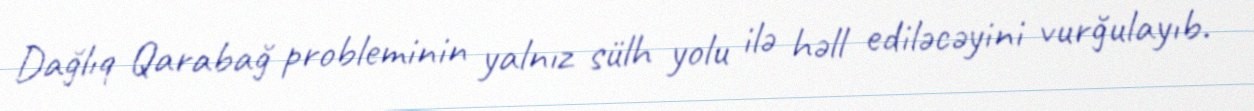
Dağlıq Qarabağ probleminin yalnız sülh yolu ilə həll ediləcəyini vurğulayıb.